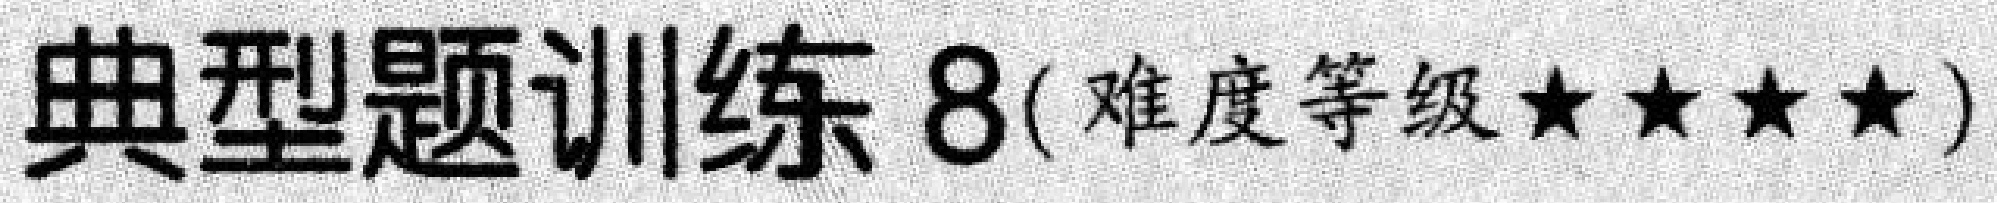
典型题训练 8(难度等级★★★★)